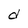
Character: d